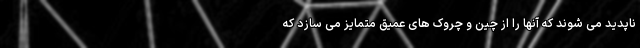
ناپدید می شوند که آنها را از چین و چروک های عمیق متمایز می سازد که